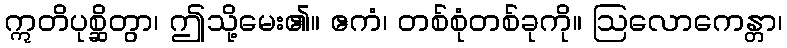
ဣတိပုစ္ဆိတွာ၊ ဤသို့မေး၏။ ဧကံ၊ တစ်စုံတစ်ခုကို။ ဩလောကေန္တာ၊